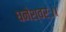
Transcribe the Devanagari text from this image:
धनेश्वरः।।